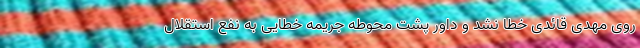
روی مهدی قائدی خطا نشد و داور پشت محوطه جریمه خطایی به نفع استقلال